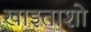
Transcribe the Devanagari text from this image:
खाइताशो